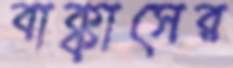
বাক্কাসের